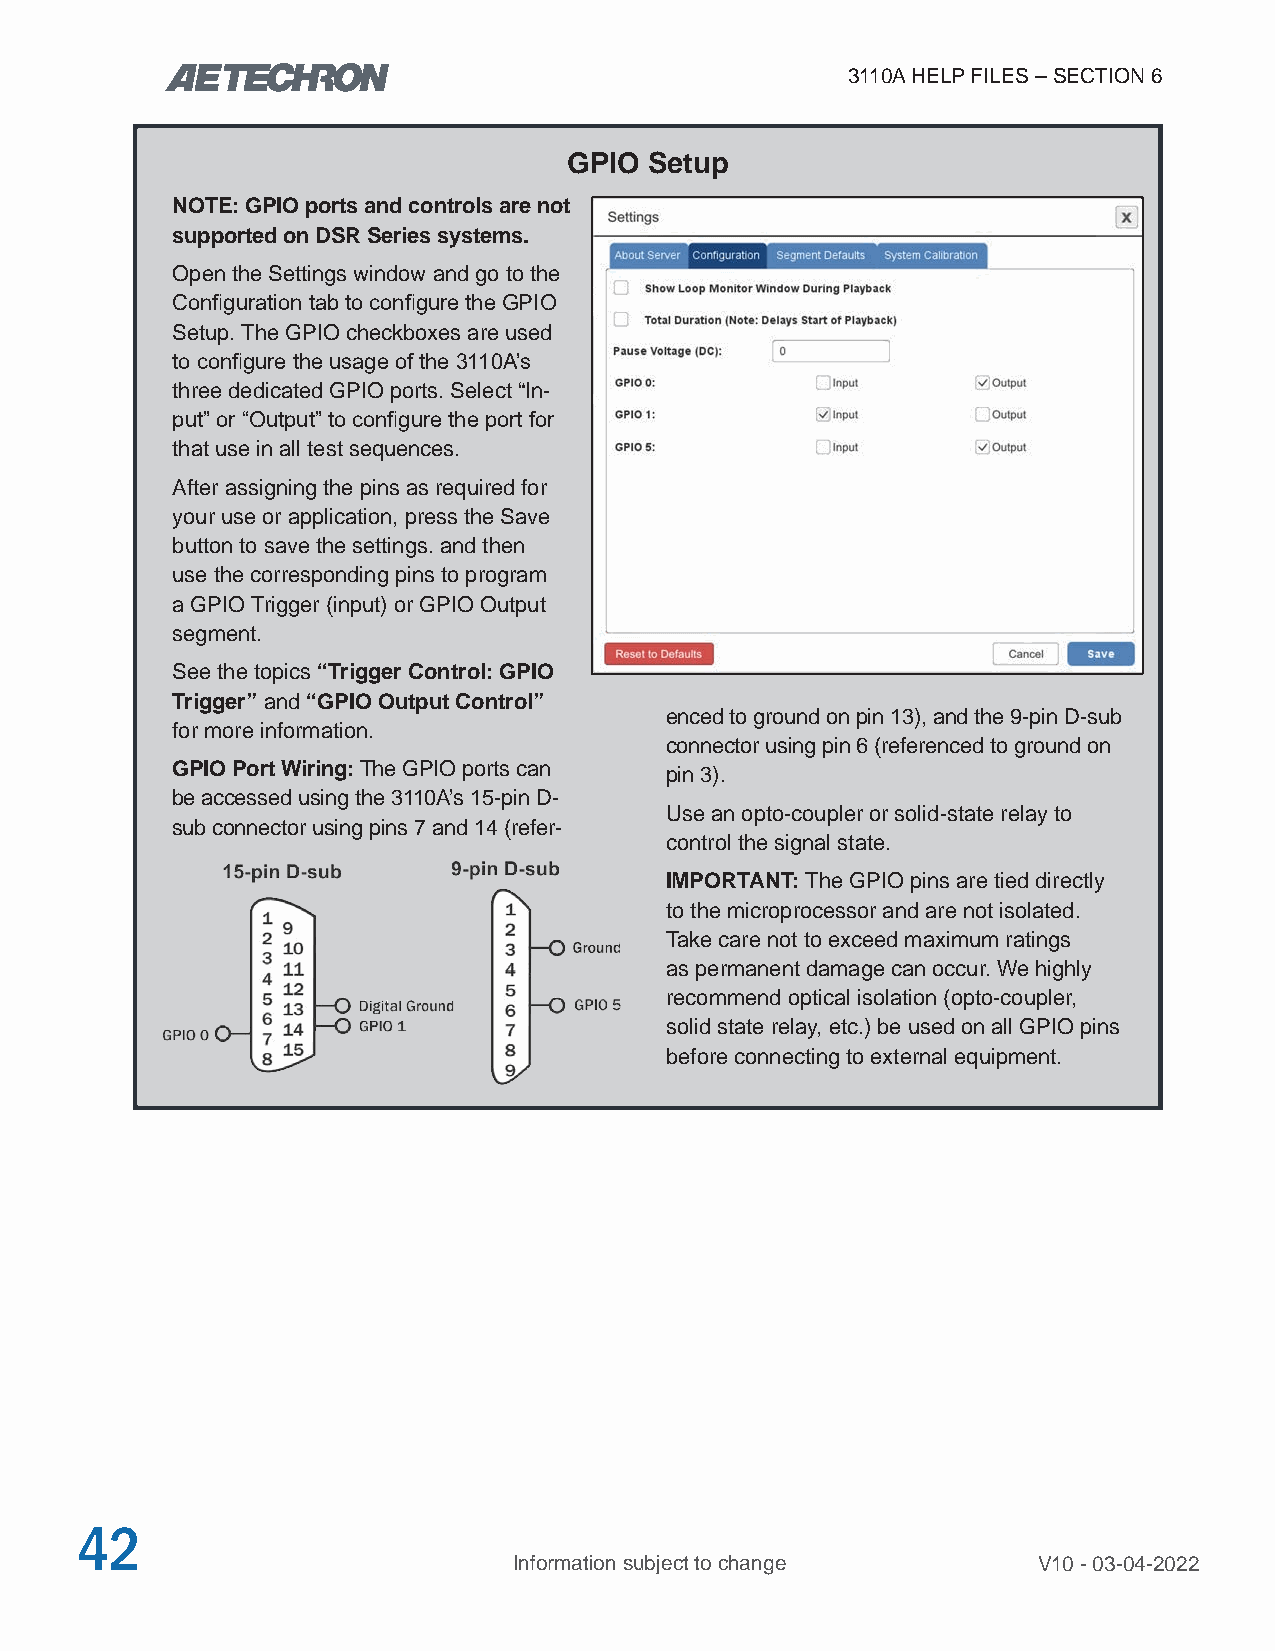
3110A HELP FILES – SECTION 6
 GPIO Setup
 NOTE: GPIO ports and controls are not
 supported on DSR Series systems.
 Open the Settings window and go to the
 Configuration tab to configure the GPIO
 Setup. The GPIO checkboxes are used
 to configure the usage of the 3110A’s
 three dedicated GPIO ports. Select “In-
 put” or “Output” to configure the port for
 that use in all test sequences.
 After assigning the pins as required for
 your use or application, press the Save
 button to save the settings. and then
 use the corresponding pins to program
 a GPIO Trigger (input) or GPIO Output
 segment.
 See the topics “Trigger Control: GPIO
 Trigger” and “GPIO Output Control”
 enced to ground on pin 13), and the 9-pin D-sub
 for more information.
 connector using pin 6 (referenced to ground on
 GPIO Port Wiring: The GPIO ports can pin 3).
 be accessed using the 3110A’s 15-pin D-
 Use an opto-coupler or solid-state relay to
 sub connector using pins 7 and 14 (refer-
 control the signal state.
 IMPORTANT: The GPIO pins are tied directly
 to the microprocessor and are not isolated.
 Take care not to exceed maximum ratings
 as permanent damage can occur. We highly
 recommend optical isolation (opto-coupler,
 solid state relay, etc.) be used on all GPIO pins
 before connecting to external equipment.
 42
 Information subject to change      V10 - 03-04-2022